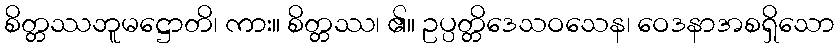
စိတ္တဿဘူမဋ္ဌောတိ၊ ကား။ စိတ္တဿ၊ ၏။ ဥပ္ပတ္တိဒေသဝသေန၊ ဝေဒနာအစရှိသော